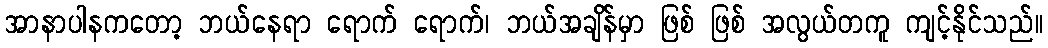
အာနာပါနကတော့ ဘယ်နေရာ ရောက် ရောက်၊ ဘယ်အချိန်မှာ ဖြစ် ဖြစ် အလွယ်တကူ ကျင့်နိုင်သည်။